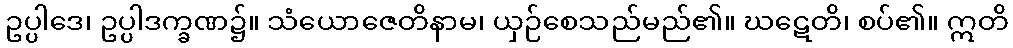
ဥပ္ပါဒေ၊ ဥပ္ပါဒက္ခဏ၌။ သံယောဇေတိနာမ၊ ယှဉ်စေသည်မည်၏။ ဃဋေတိ၊ စပ်၏။ ဣတိ